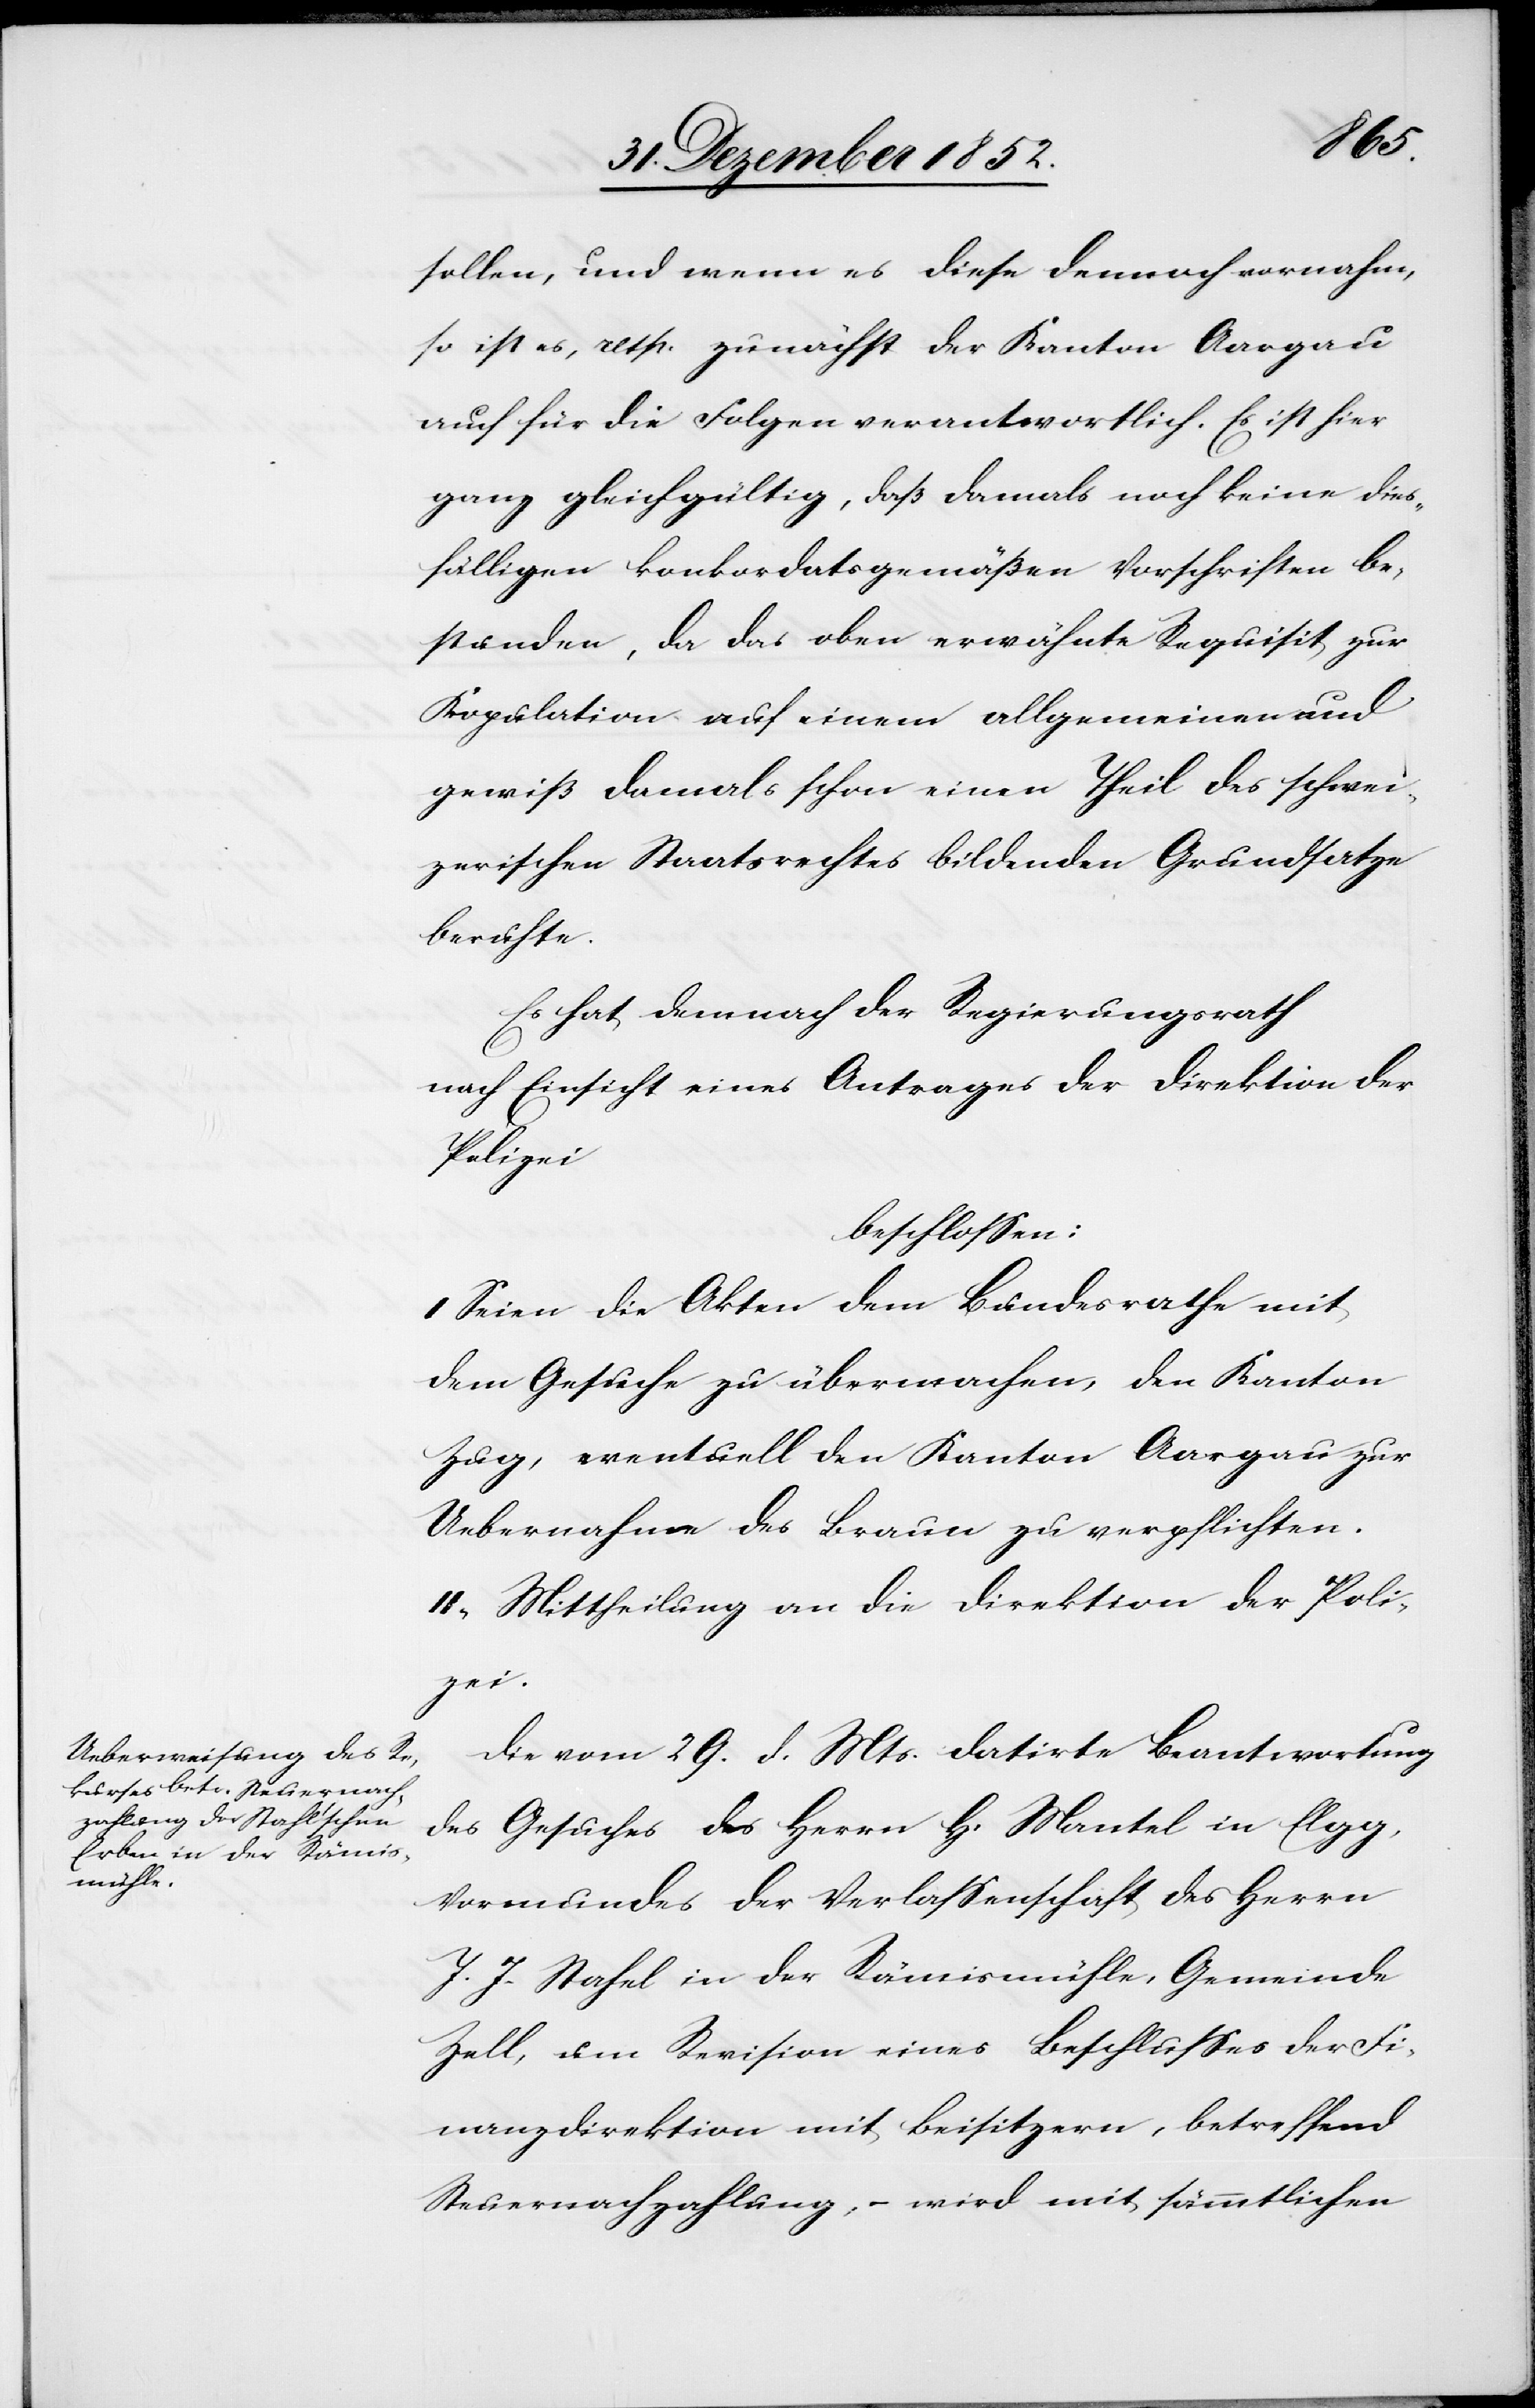
sollen, und wenn es diese dennoch vornahm,
so ist es, resp. zunächst der Kanton Aargau
auch für die Folgen verantwortlich. Es ist hier
ganz gleichgültig, daß damals noch keine dies¬
fälligen konkordatsgemäßen Vorschriften be¬
stunden, da das oben erwähnte Requisit zur
Kopulation auf einem allgemeinen und
gewiß damals schon einen Theil des schwei¬
zerischen Staatsrechtes bildenden Grundsatze
beruhte.
Es hat demnach der Regierungsrath
nach Einsicht eines Antrages der Direktion der
Polizei
beschlossen:
I Seien die Akten dem Bundesrathe mit
dem Gesuche zu übermachen, den Kanton
Zug, eventuell den Kanton Aargau zur
Uebernahme des Braun zu verpflichten.
II, Mittheilung an die Direktion der Poli¬
zei.
Die vom 29. d. Mts. datirte Beantwortung
des Gesuches des Herrn H. Mantel in Elgg,
Vormundes der Verlassenschaft des Herrn
J. J. Stahel [sic!] in der Rämismühle, Gemeinde
Zell, um Revision eines Beschlusses der Fi¬
nanzdirektion mit Beisitzern, betreffend
Steuernachzahlung, – wird mit sämmtlichen